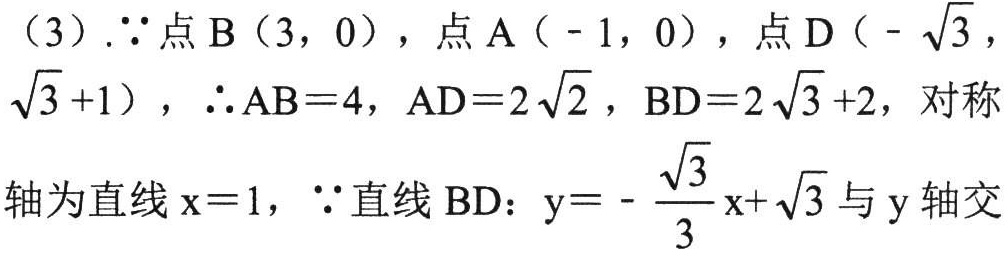
（3）.$\because$点$\mathrm{B}(3,0)$，点$\mathrm{A}(-1,0)$，点$\mathrm{D}(-\sqrt{3},\sqrt{3}+1)$，$\therefore \mathrm{AB}=4$，$\mathrm{AD}=2\sqrt{2}$，$\mathrm{BD}=2\sqrt{3}+2$，对称轴为直线$x = 1$，$\because$直线$\mathrm{BD}$：$y=-\frac{\sqrt{3}}{3}x+\sqrt{3}$与$y$轴交